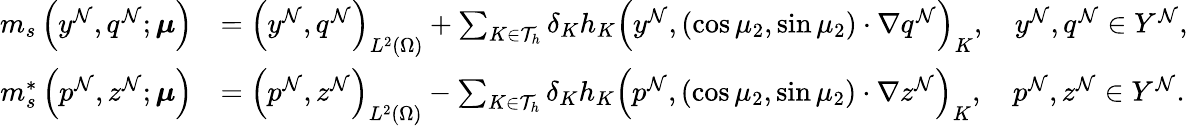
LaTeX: \begin{array}{rl}{m_{s}\left(y^{\mathcal{N}},q^{\mathcal{N}};\boldsymbol{\mu}\right)}&{=\left(y^{\mathcal{N}},q^{\mathcal{N}}\right)_{L^{2}(\Omega)}+\sum_{K\in\mathcal{T}_{h}}\delta_{K}h_{K}\left(y^{\mathcal{N}},\left(\cos\mu_{2},\sin\mu_{2}\right)\cdot\nabla q^{\mathcal{N}}\right)_{K},\quad y^{\mathcal{N}},q^{\mathcal{N}}\in Y^{\mathcal{N}},}\\ {m_{s}^{*}\left(p^{\mathcal{N}},z^{\mathcal{N}};\boldsymbol{\mu}\right)}&{=\left(p^{\mathcal{N}},z^{\mathcal{N}}\right)_{L^{2}(\Omega)}-\sum_{K\in\mathcal{T}_{h}}\delta_{K}h_{K}\left(p^{\mathcal{N}},\left(\cos\mu_{2},\sin\mu_{2}\right)\cdot\nabla z^{\mathcal{N}}\right)_{K},\quad p^{\mathcal{N}},z^{\mathcal{N}}\in Y^{\mathcal{N}}.}\end{array}